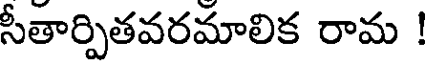
సీతార్పితవరమాలిక రామ !